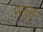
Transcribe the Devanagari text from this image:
मनुसा